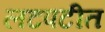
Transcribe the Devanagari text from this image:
लटपटीत